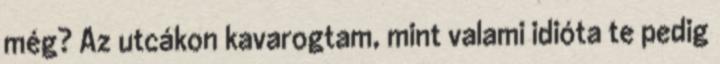
még? Az utcákon kavarogtam, mint valami idióta te pedig